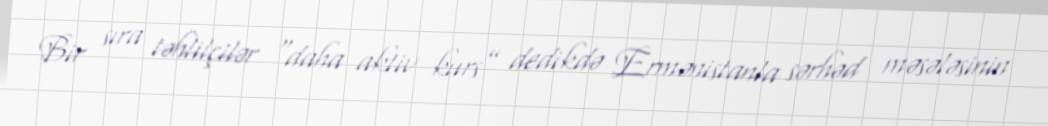
Bir sıra təhlilçilər “daha aktiv kurs” dedikdə Ermənistanla sərhəd məsələsinin